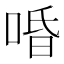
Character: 㖧